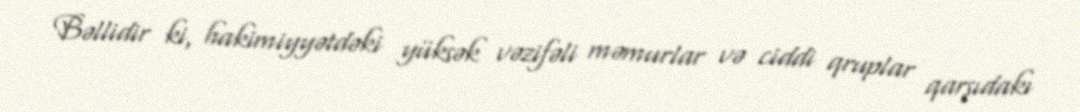
Bəllidir ki, hakimiyyətdəki yüksək vəzifəli məmurlar və ciddi qruplar qarşıdakı